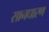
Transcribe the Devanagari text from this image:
सानधारण